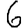
Digit: 6